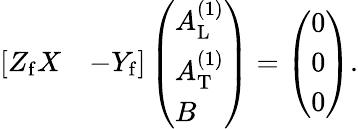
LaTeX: \begin{array}{r}{\left[\begin{array}{ll}{Z_{\mathrm{f}}X}&{-Y_{\mathrm{f}}}\end{array}\right]\left(\begin{array}{l}{A_{\mathrm{L}}^{(1)}}\\ {A_{\mathrm{T}}^{(1)}}\\ {B}\end{array}\right)=\left(\begin{array}{l}{0}\\ {0}\\ {0}\end{array}\right).}\end{array}